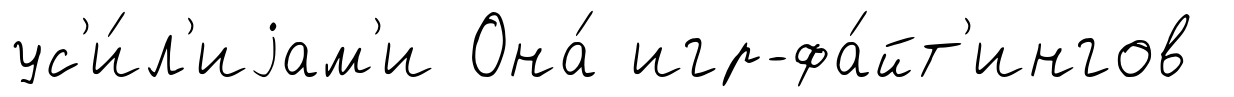
ус'и́л'иjам'и Она́ игр-фа́йт'ингов